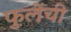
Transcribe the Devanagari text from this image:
फुलेंची